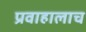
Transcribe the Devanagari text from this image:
प्रवाहालाच